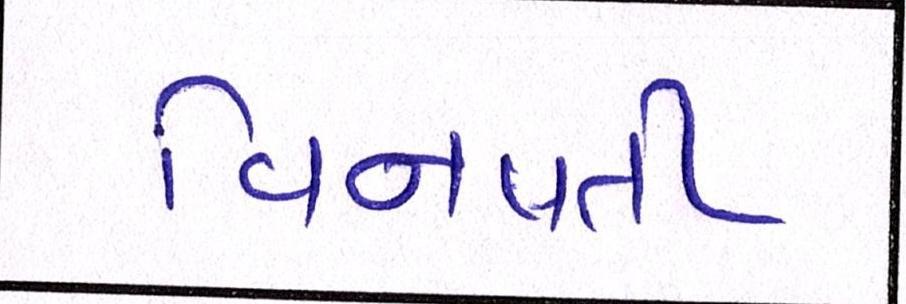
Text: વિનવતી